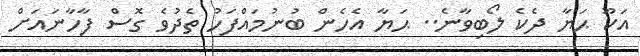
އަކޫ ޙަޔާ ދެކެ ލޯބިވާނެ.. ޙަޔާ އެހެން ބުނުމައްފަހު ތެދުވެ ގޮސް ފާހާނައަށް